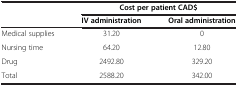
<table><thead><tr><td><b> </b></td><td colspan="2"><b>Cost per patient CAD$</b></td></tr><tr><td><b> </b></td><td><b>IV administration</b></td><td><b>Oral administration</b></td></tr></thead><tbody><tr><td>Medical supplies</td><td>31.20</td><td>0</td></tr><tr><td>Nursing time</td><td>64.20</td><td>12.80</td></tr><tr><td>Drug</td><td>2492.80</td><td>329.20</td></tr><tr><td>Total</td><td>2588.20</td><td>342.00</td></tr></tbody></table>